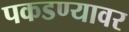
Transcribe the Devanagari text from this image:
पकडण्यावर